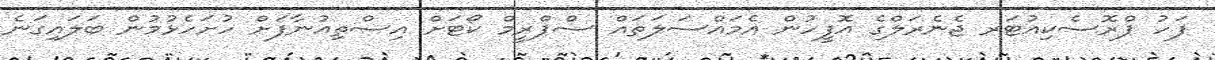
ފަހު ޕްރޮސެކިއުޓަރ ޖެނެރަލްގެ އޮފީހުން އެމައްސަލަތައް ސްޕްރީމް ކޯޓަށް އިސްތިއުނާފަށް ހުށަހެޅުމުން ބަލައިގަނެ